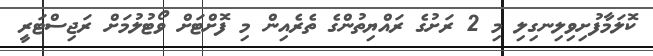
ކޮލަމާފުށިވިލިނގިލި މި 2 ރަށުގެ ރައްޔިތުންގެ ތެރެއިން މި ފޮށްޓަށް ވޯޓުލުމަށް ރަޖިސްޓަރީ